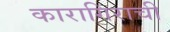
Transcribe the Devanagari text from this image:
कारागिराची